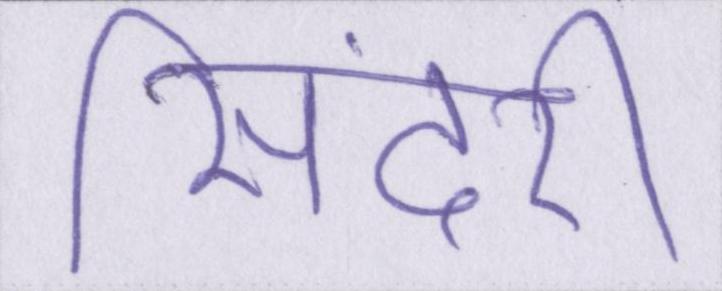
सिंदरी